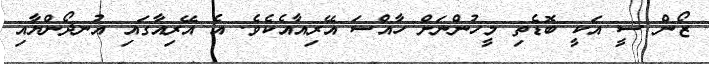
ޒޯން ސީ އަކީ ބޮޑެތި މީހުންނަށް ހާއްސަ އޭރިއާއެކެވެ. އެ އޭރިއާގައި އުނދޯންޔާއި